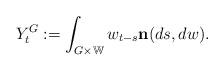
LaTeX: \begin{align*} Y^G_t := \int_{G\times \mathbb W} w_{t-s} \mathbf n(ds,dw). \end{align*}